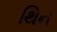
થિન